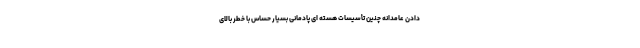
دادن عامدانه چنین تأسیسات هسته ای پادمانی بسیار حساس با خطر بالای